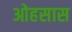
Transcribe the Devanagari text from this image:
ओहसास